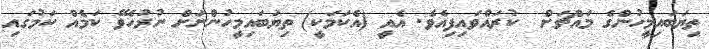
ތިޔަބައިމީހުންގެ މައްޗަށް  ކުރައްވައިފިއެވެ. އެއީ (އެކަމަކީ) ތިޔަބައިމީހުންނަށް ނުރުހެވޭ ކަމެއް ކަމުގައި